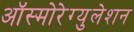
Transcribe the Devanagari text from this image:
ऑस्मोरेग्युलेशन